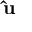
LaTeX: \mathbf { \hat { u } }